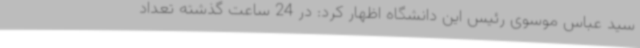
سید عباس موسوی رئیس این دانشگاه اظهار کرد: در 24 ساعت گذشته تعداد